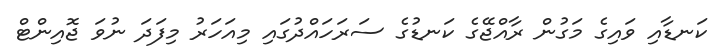
ކަނޑާއި ވައިގެ މަގުން ރާއްޖޭގެ ކަނޑުގެ ސަރަހައްދުގައި މިއަހަރު މިފަދަ ނުވަ ޖޮއިންޓް